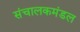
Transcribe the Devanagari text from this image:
संचालकमंडल